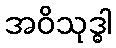
အဝိသုဒ္ဓါ